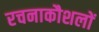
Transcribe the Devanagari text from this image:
रचनाकौशलों